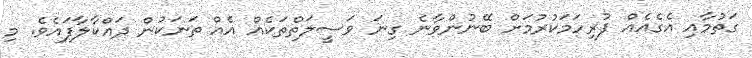
ގަތުމާއި އެގެއެއް ފުރިހަމަކުރުމަށް ބޭނުންވާނެ ގިނަ ވަސީލަތްތަކެއް އެއް ތަނަކުން ދައްކާލާފައެވެ. މި